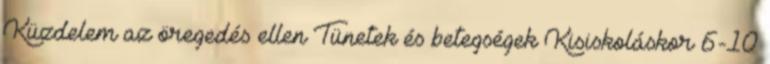
Küzdelem az öregedés ellen Tünetek és betegségek Kisiskoláskor 6-10